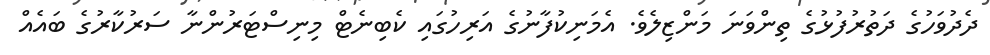
ދެދުވަހުގެ ދަތުރުފުޅުގެ ތިންވަނަ މަންޒިލެވެ. އެމަނިކުފާނުގެ އަރިހުގައި ކެބިނެޓް މިނިސްޓަރުންނާ ސަރުކާރުގެ ބައެއް